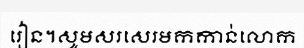
រៀន។សូមសរសេរមកកាន់លោក